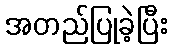
အတည်ပြုခဲ့ပြီး